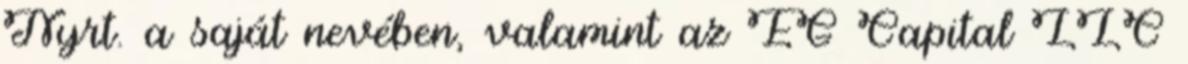
Nyrt. a saját nevében, valamint az EG Capital LLC